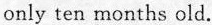
only ten months old.